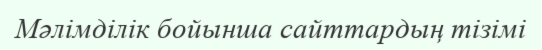
Мәлiмдiлiк бойынша сайттардың тiзiмi